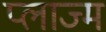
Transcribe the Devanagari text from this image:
प्लाज्म